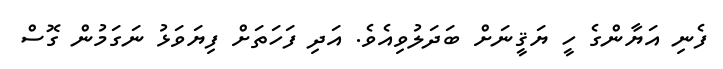
ފެނި އަޔާންގެ ހީ ޔަޤީނަށް ބަދަލުވިއެވެ. އަދި ފަހަތަށް ފިޔަވަޅު ނަގަަމުން ގޮސް